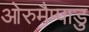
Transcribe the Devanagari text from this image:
ओरुमैप्पाडु